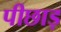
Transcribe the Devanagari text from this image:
पीछाड़